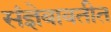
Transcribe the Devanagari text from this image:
संज्ञेबाबतीत